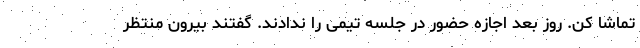
تماشا کن. روز بعد اجازه حضور در جلسه تیمی را ندادند. گفتند بیرون منتظر